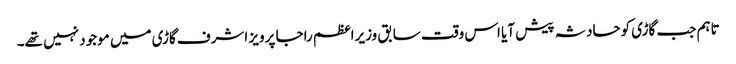
تاہم جب گاڑی کوحادثہ پیش آیا اس وقت سابق وزیراعظم راجا پرویز اشرف گاڑی میں موجود نہیں تھے۔